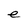
Character: e